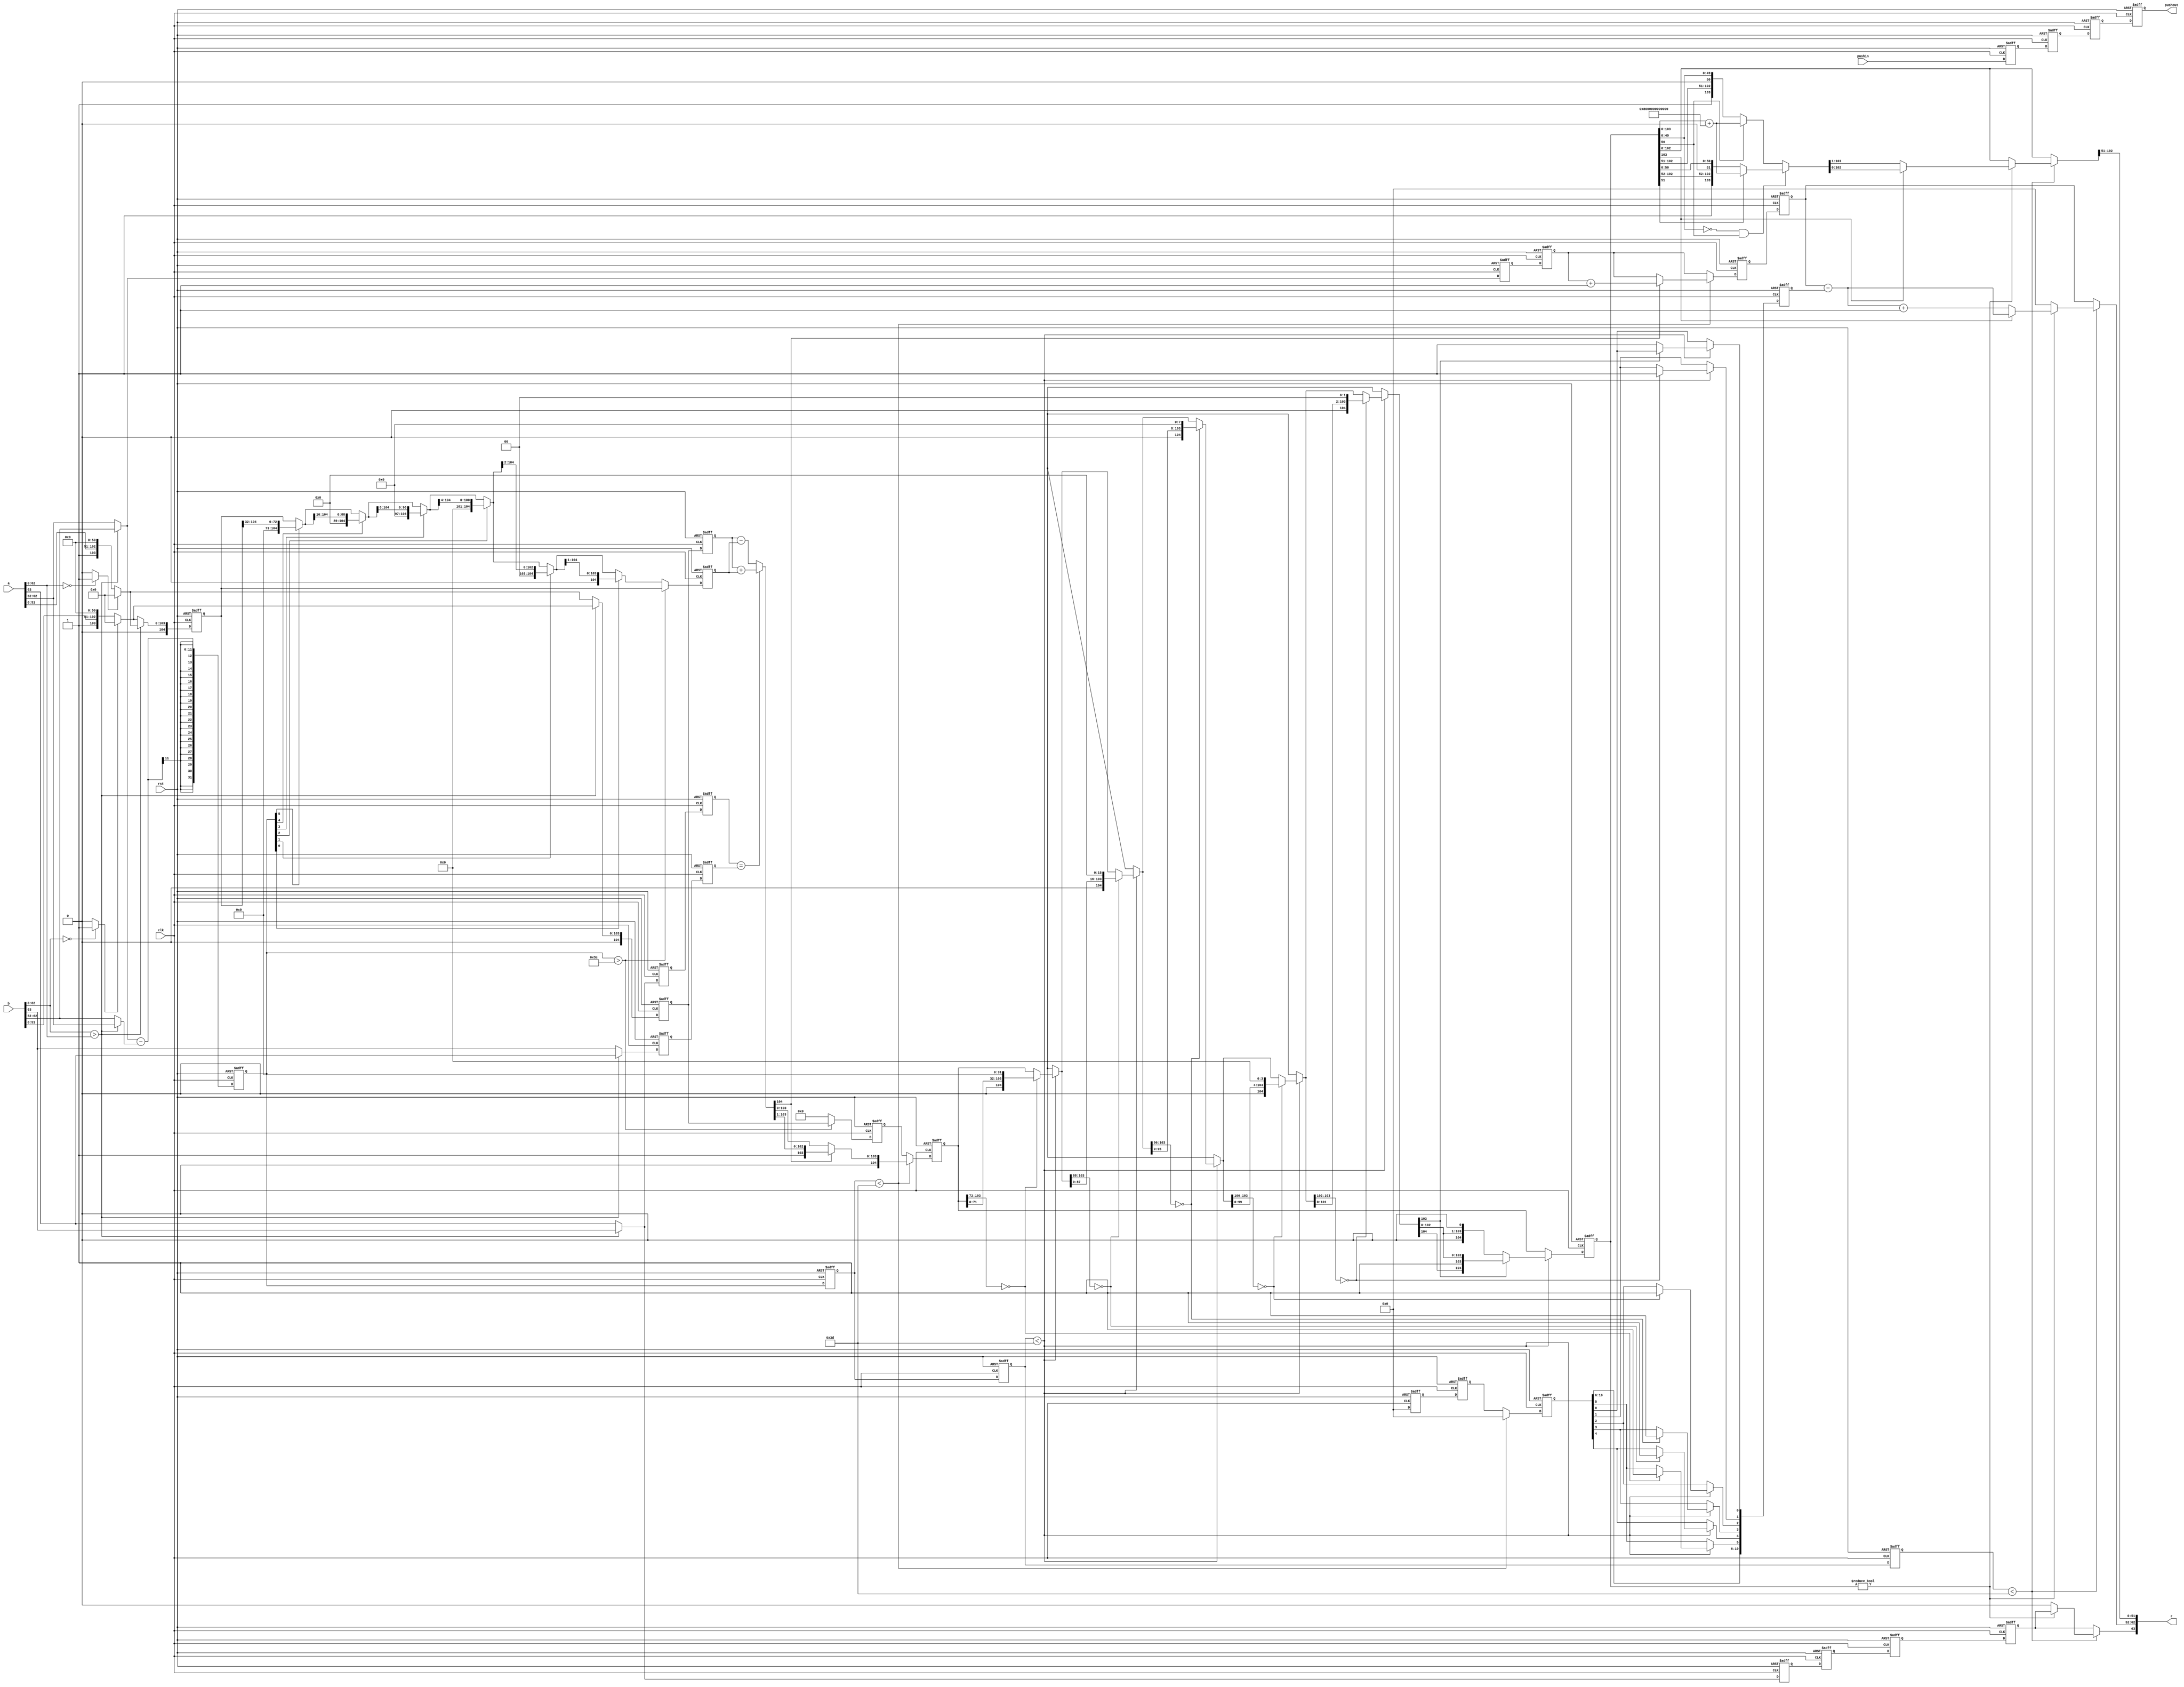
//
// This is a simple version of a 64 bit floating point multiplier 
// used in EE287 as a homework problem.
// This is a reduced complexity floating point.  There is no NaN
// overflow, underflow, or infinity values processed.
//
// Inspired by IEEE 754-2008 (Available from the SJSU library to students)
//
// 63  62:52 51:0
// S   Exp   Fract (assumed high order 1)
// 
// Note: all zero exp and fract is a zero 
// 
//

module fpadd(clk,rst,pushin,a,b,pushout,r);
input pushin;
input clk,rst;
input [63:0] a,b;	// the a and b inputs
output [63:0] r;	// the results from this multiply
output pushout;		// indicates we have an answer this cycle

parameter fbw=104;

reg sA,sB;		// the signs of the a and b inputs
reg [10:0] expA, expB,expR;		// the exponents of each
reg [fbw:0] fractA, fractB,fractR,fractAdd,fractPreRound,denormB,
	f2,d2;	
	// the fraction of A and B  present
reg zeroA,zeroB;	// a zero operand (special case for later)
	

reg signres;		// sign of the result
reg [10:0] expres;	// the exponent result
reg [63:0] resout;	// the output value from the always block
integer iea,ieb,ied;	// exponent stuff for difference...
integer renorm;		// How much to renormalize...
parameter [fbw:0] zero=0;
//reg stopinside;



//--------------------------------------------------defined by me
//stage-1 variables
integer renorm1,renorm11;
reg [10:0] expA1,expA11;
reg sA1,sB1,sA11,sB11;
reg [fbw:0] fractA1, fractB1,fractA11, fractB11;
reg signres1,signres11;
integer ied1,ied11;
reg pushin1;


//stage-2 variables
integer renorm2,renorm22;
reg sA2,sB2,sA22,sB22;
reg [fbw:0] fractA2, fractB2,fractR2,fractA22, fractB22,fractR22;
reg signres2,signres22;
integer ied2,ied22;
reg pushin2;
reg [10:0] expR2,expR22;
// stage-3
integer renorm3,renorm33;
reg signres3,signres33;
integer ied3,ied33;
reg [10:0] expR3,expR33;
reg pushin3;
reg [fbw:0] fractR3,fractR33;
//stage-4 variables
integer renorm4,renorm44;
reg signres4,signres44;
integer ied4,ied44;
reg [10:0] expR4,expR44;
reg pushin4;
reg [fbw:0] fractR4,fractR44;

//////////////////////////////////////////////////////////////////
assign r=resout;
assign pushout=pushin4;
//
// give the fields a name for convience
//


always@(posedge clk or posedge rst)
  begin
    if(rst) 
      begin
//----------------------------------stage-1
        renorm1<=0;
        expA1<=0;
        sA1<=0;
        sB1<=0;
        fractA1<=0;
        fractB1<=0;
        signres1<=0;
        ied1<=0;
        pushin1<=0; 
//---------------------------------stage-2
        renorm2<=0;
        sA2<=0;
        sB2<=0;
        fractA2<=0;
        fractB2<=0;
        signres2<=0;
        ied2<=0;
        expR2<=0;
        fractR2<=0;
        pushin2<=0;
//---------------------------------stage-3
        renorm3<=0;
        signres3<=0;
        ied3<=0;
        expR3<=0;
        fractR3<=0;
        pushin3<=0;
//---------------------------------stage-4
        renorm4<=0;
        signres4<=0;
        ied4<=0;
        fractR4<=0;
        expR4<=0;
        pushin4<=0;
      end
    else
      begin
//----------------------------------stage-1
        renorm1<= #1 renorm;
        expA1<= #1 expA;
        sA1<= #1 sA;
        sB1<= #1 sB;
        fractA1<= #1 fractA;
        fractB1<= #1 fractB;
        signres1<= #1 signres;
        ied1<= #1 ied;
        pushin1<= #1 pushin; 
//----------------------------------stage-2
        renorm2<= #1 renorm11;
        sA2<= #1 sA11;
        sB2<= #1 sB11;
        fractA2<= #1 fractA11;
        fractB2<= #1 fractB11;
        signres2<= #1 signres11;
        ied2<= #1 ied11;
        expR2<= #1 expR;
        fractR2<= #1 fractR;
        pushin2<= #1 pushin1;
//---------------------------------stage-3
        renorm3<= #1 renorm22;
        signres3<= #1 signres22;
        ied3<= #1 ied22;
        expR3<= #1 expR22;
        fractR3<= #1 fractR22;
        pushin3<= #1 pushin2;
//---------------------------------stage-4
        renorm4<= #1 renorm33;
        signres4<= #1 signres33;
        ied4<= #1 ied33;
        fractR4<= #1 fractR33;
        expR4<=  #1 expR33;
        pushin4<= #1 pushin3;
      end
  end


always @(*) begin
  zeroA = (a[62:0]==0)?1:0;
  zeroB = (b[62:0]==0)?1:0;
  renorm=0;
  if( b[62:0] > a[62:0] ) begin
    expA = b[62:52];
    expB = a[62:52];
    sA = b[63];
    sB = a[63];
    fractA = (zeroB)?0:{ 2'b1, b[51:0],zero[fbw:54]};
    fractB = (zeroA)?0:{ 2'b1, a[51:0],zero[fbw:54]};
    signres=sA;
  end else begin
    sA = a[63];
    sB = b[63];
    expA = a[62:52];
    expB = b[62:52];
    fractA = (zeroA)?0:{ 2'b1, a[51:0],zero[fbw:54]};
    fractB = (zeroB)?0:{ 2'b1, b[51:0],zero[fbw:54]};
    signres=sA;
  end
  iea=expA;
  ieb=expB;
  ied=expA-expB;
end
//--------------------------------------------------------------------------
always@(*) begin
  renorm11=renorm1;
  expA11=expA1;
  sA11=sA1;
  sB11=sB1;
  fractA11=fractA1;
  fractB11=fractB1;
  //fractR_22=fractR_1;
  signres11=signres1;
  ied11=ied1;
 // expR_22=expR_2;

  if(ied11 > 60) begin
    expR=expA11;
    fractR=fractA11;
  end else begin
    fractR=0;
    expR=expA11;
    denormB=0;
    fractB11=(ied11[5])?{32'b0,fractB11[fbw:32]}: {fractB11};
    fractB11=(ied11[4])?{16'b0,fractB11[fbw:16]}: {fractB11};
    fractB11=(ied11[3])?{ 8'b0,fractB11[fbw:8 ]}: {fractB11};
    fractB11=(ied11[2])?{ 4'b0,fractB11[fbw:4 ]}: {fractB11};
    fractB11=(ied11[1])?{ 2'b0,fractB11[fbw:2 ]}: {fractB11};
    fractB11=(ied11[0])?{ 1'b0,fractB11[fbw:1 ]}: {fractB11};
end
end
//--------------------------------------------------------------------------
always@(*) begin
  renorm22=renorm2;
  sA22=sA2;
  sB22=sB2;
  fractA22=fractA2;
  fractB22=fractB2;
  fractR22=fractR2;
  signres22=signres2;
  ied22=ied2;
  expR22=expR2;


 if(ied22<61) begin
    if(sA22 == sB22) fractR22=fractA22+fractB22; else fractR22=fractA22-fractB22;
    fractAdd=fractR22;
    renorm22=0;
    if(fractR22[fbw]) begin
      fractR22={1'b0,fractR22[fbw:1]};
      expR22=expR22+1;
    end
end
end

//---------------------------------------------------------------------------
always@(*) begin
  renorm33=renorm3;
  signres33=signres3;
  ied33=ied3;
  fractR33=fractR3;
  expR33=expR3;

 if(ied33<61) begin
    if(fractR33[fbw-1:fbw-32]==0) begin 
	renorm33[5]=1; fractR33={ 1'b0,fractR33[fbw-33:0],32'b0 }; 
    end
    if(fractR33[fbw-1:fbw-16]==0) begin 
	renorm33[4]=1; fractR33={ 1'b0,fractR33[fbw-17:0],16'b0 }; 
    end
    if(fractR33[fbw-1:fbw-8]==0) begin 
	renorm33[3]=1; fractR33={ 1'b0,fractR33[fbw-9:0], 8'b0 }; 
    end
    if(fractR33[fbw-1:fbw-4]==0) begin 
	renorm33[2]=1; fractR33={ 1'b0,fractR33[fbw-5:0], 4'b0 }; 
    end
    if(fractR33[fbw-1:fbw-2]==0) begin 
	renorm33[1]=1; fractR33={ 1'b0,fractR33[fbw-3:0], 2'b0 }; 
    end
    if(fractR33[fbw-1   ]==0) begin 
	renorm33[0]=1; fractR33={ 1'b0,fractR33[fbw-2:0], 1'b0 }; 
    end
end
end
//-----------------------------------------------------------------------
always@(*) begin
  renorm44=renorm4;
  signres44=signres4;
  ied44=ied4;
  fractR44=fractR4;
  expR44=expR4;

  if(ied44<61) begin
   // fractPreRound=fractR;
    if(fractR44 != 0) begin
      if(fractR44[fbw-55:0]==0 && fractR44[fbw-54]==1) begin
	if(fractR44[fbw-53]==1) fractR44=fractR44+{1'b1,zero[fbw-54:0]};
      end else begin
        if(fractR44[fbw-54]==1) fractR44=fractR44+{1'b1,zero[fbw-54:0]};
      end
      expR44=expR44-renorm44;
      if(fractR4[fbw-1]==0) begin
       expR44=expR44+1;
       fractR44={1'b0,fractR44[fbw-1:1]};
      end
    end else begin
      expR44=0;
      signres44=0;
    end
  end
 //end

  resout={signres44,expR44,fractR44[fbw-2:fbw-53]};

end


endmodule